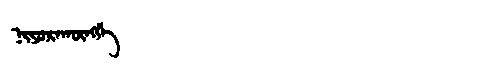
Manchu: ᠨᡳᠶᠣᡵᠠᡴᡡᠩᡤᡝ
Romanization: NIYORAKŪNGGE